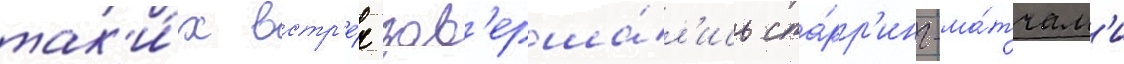
так'и́х встр'е́ч зав'ерша́л'ись спа́рр'инг-ма́тчам'и